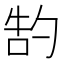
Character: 𫧂